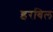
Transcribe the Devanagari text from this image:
इरबिल